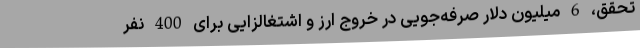
تحقق، 6 میلیون دلار صرفه‌جویی در خروج ارز و اشتغالزایی برای 400 نفر